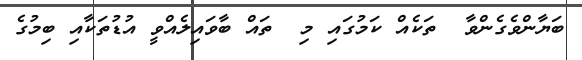
ބަޔާންވެގެންވާ  ތަކެއް ކަމުގައި މި  ތައް ބާވައިލެއްވީ އުޑުތަކާއި ބިމުގެ